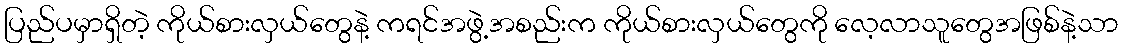
ပြည်ပမှာရှိတဲ့ ကိုယ်စားလှယ်တွေနဲ့ ကရင်အဖွဲ့အစည်းက ကိုယ်စားလှယ်တွေကို လေ့လာသူတွေအဖြစ်နဲ့သာ